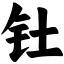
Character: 钍